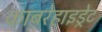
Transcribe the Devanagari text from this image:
काबरेहाइड्रेट